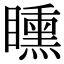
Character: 矄